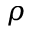
\rho